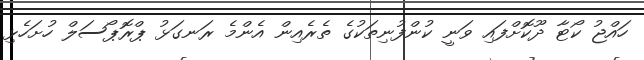
ހައްޖު ކޯޓާ ދޫކޮށްފައި ވަނީ ކުންފުނިތަކުގެ ތެރެއިން އެންމެ ރަނގަޅު ޕްރޮޕޯސަލް ހުށަހެޅި